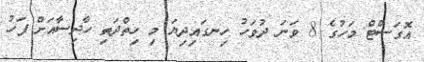
އޮގަސްޓް މަހުގެ 8 ވަނަ ދުވަހު ހިނގައިދިޔަ މި ހިތްދަތި ހާދިސާއަށް ފަހު